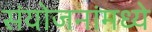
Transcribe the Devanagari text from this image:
संयोजनांमध्ये